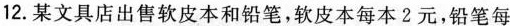
12.某文具店出售软皮本和铅笔，软皮本每本2元，铅笔每